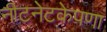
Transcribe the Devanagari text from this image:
नीटनेटकेपणा